Source: Handwritten
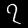
Digit: ၇ (7)